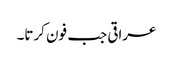
عراقی جب فون کرتا۔